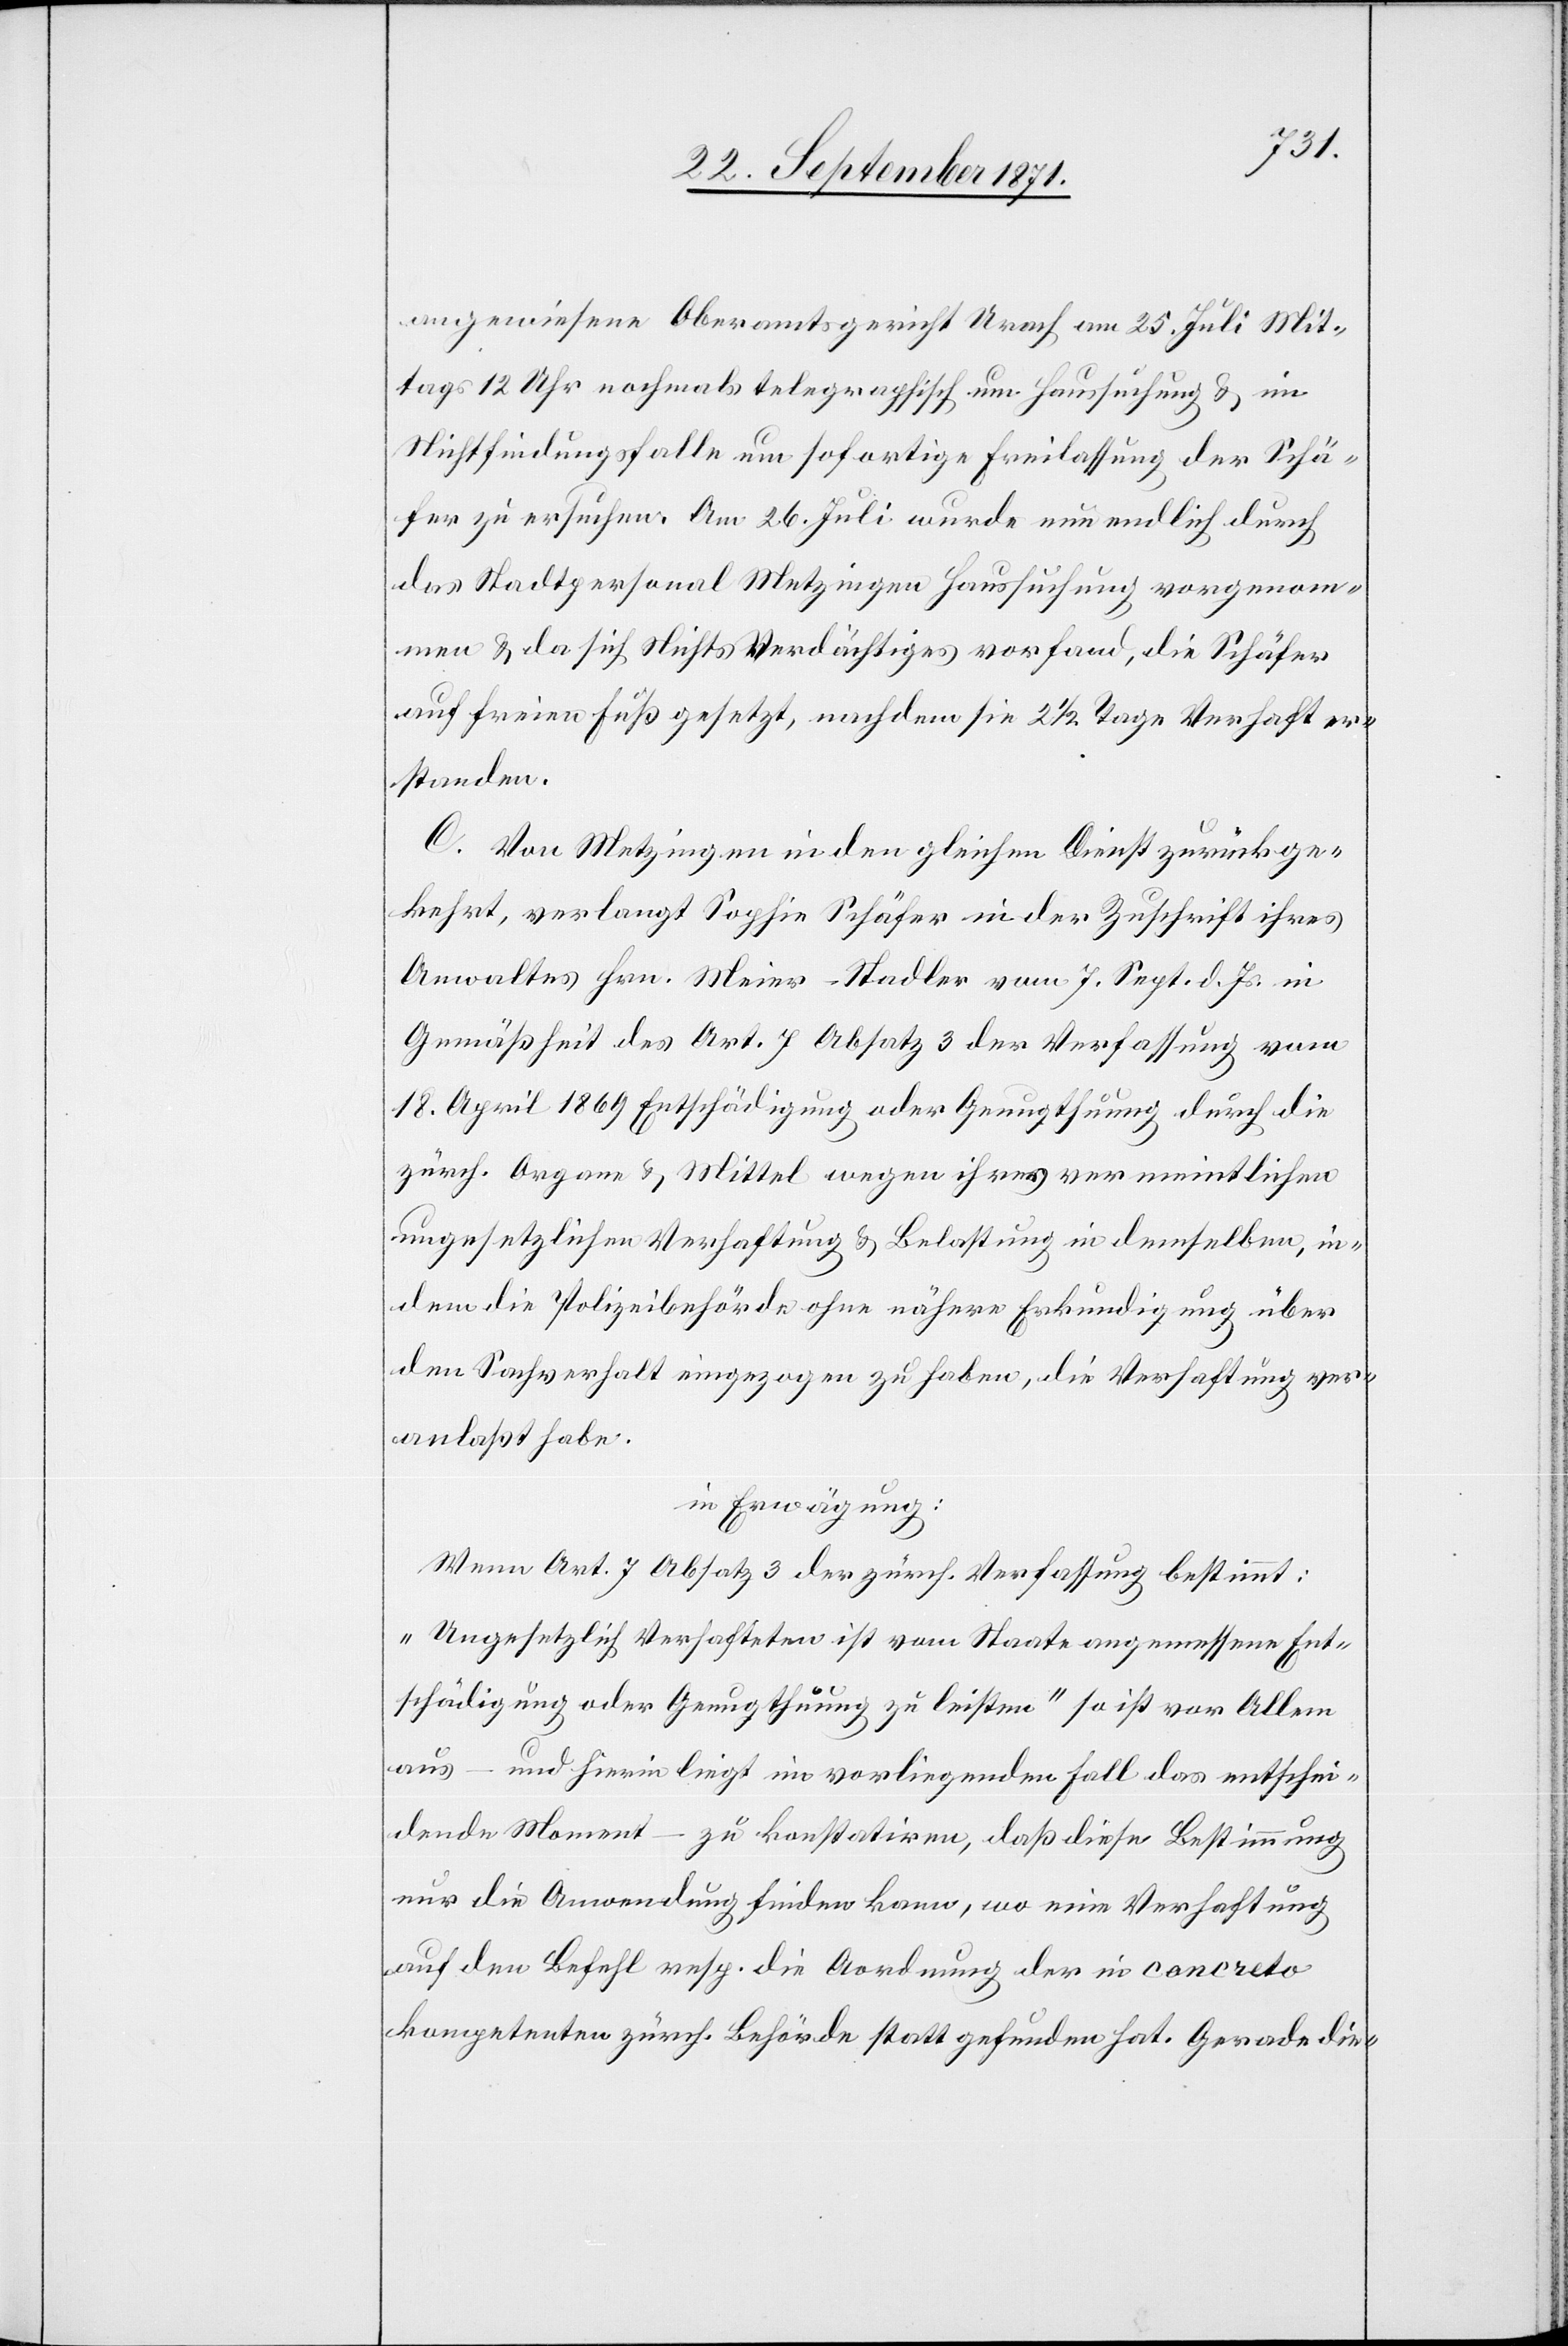
angewiesene Oberamtsgericht Urach am 25. Juli Mit¬
tags 12 Uhr nochmals telegraphisch um Haussuchung & im
Nichtfindungsfalle um sofortige Freilassung der Schä¬
fer zu ersuchen. Am 26. Juli wurde nun endlich durch
das Stadtpersonal Metzingen Haussuchung vorgenom¬
men & da sich Nichts Verdächtiges vorfand, die Schäfer
auf freien Fuß gesetzt, nachdem sie 2 1/2 Tage Verhaft er¬
standen.
C. Von Metzingen in den gleichen Dienst zurückge¬
kehrt, verlangt Sophie Schäfer in der Zuschrift ihres
Anwaltes Hrn. Meier-Stadler vom 7. Sept. d. Js. in
Gemäßheit des Art. 7 Absatz 3 der Verfassung vom
18. April Entschädigung oder Genugthuung durch die
zürch. Organe & Mittel wegen ihrer vermeintlichen
ungesetzlichen Verhaftung & Belastung in demselben, in¬
dem die Polizeibehörde ohne nähere Erkundigung über
den Sachverhalt eingezogen zu haben, die Verhaftung ver¬
anlaßt habe.
in Erwägung:
Wenn Art. 7 Absatz 3 der zürch. Verfassung bestimmt:
„Ungesetzlich Verhafteten ist vom Staate angemessene Ent¬
schädigung oder Genugthuung zu leisten“ so ist vor Allem
aus – und hierin liegt im vorliegenden Fall das entschei¬
dende Moment – zu konstatiren, daß diese Bestimmung
nur die Anwendung finden kann, wo eine Verhaftung
auf den Befehl resp. die A[n]ordnung der in concreto
kompetenten zürch. Behörde stattgefunden hat. Gerade die